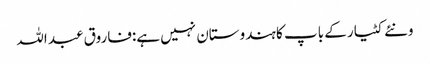
ونئے کٹیار کے باپ کا ہندوستان نہیں ہے:فاروق عبد اللہ